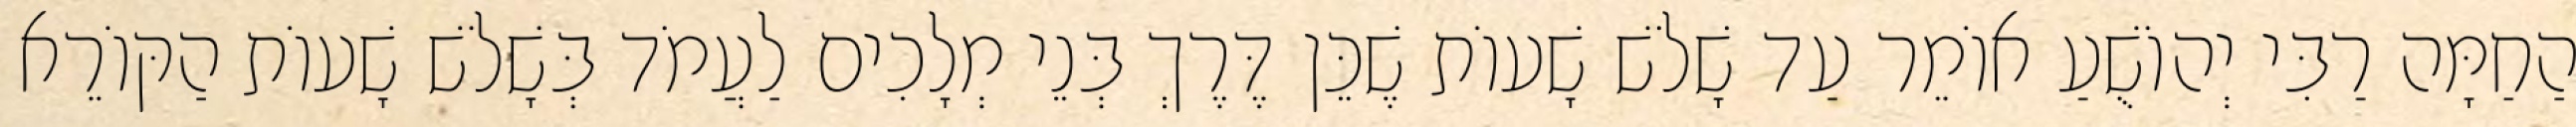
הַחַמָּה רַבִּי יְהוֹשֻׁעַ אוֹמֵר עַד שָׁלֹשׁ שָׁעוֹת שֶׁכֵּן דֶּרֶךְ בְּנֵי מְלָכִים לַעֲמֹד בְּשָׁלֹשׁ שָׁעוֹת הַקּוֹרֵא